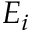
E _ { i }